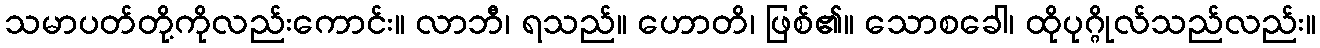
သမာပတ်တို့ကိုလည်းကောင်း။ လာဘီ၊ ရသည်။ ဟောတိ၊ ဖြစ်၏။ သောစခေါ၊ ထိုပုဂ္ဂိုလ်သည်လည်း။